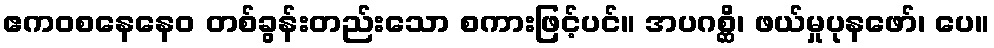
ဧကဝစနေနေဝ တစ်ခွန်းတည်းသော စကားဖြင့်ပင်။ အပဂစ္ဆိ၊ ဖယ်မှုပုနဖော်၊ ပေ။